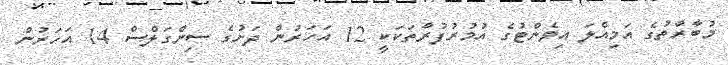
މުބާރާތުގެ އަމިއްލަ އިވެންޓުގެ އުމުރުފުރާތަކަކީ 12 އަހަރުން ދަށުގެ ސިންގަލްސް 14 އަހަރުން